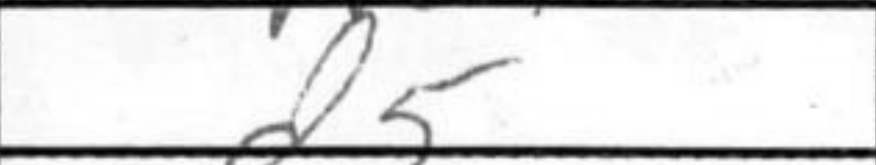
Transcription: d5